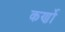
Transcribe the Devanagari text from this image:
कर्णो